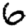
Digit: 6